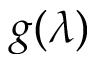
g ( \lambda )